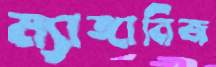
ম্যাঙ্গানিজ